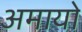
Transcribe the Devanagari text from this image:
अमायो